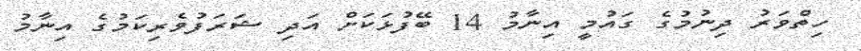
ހިތްވަރު ދިނުމުގެ ގައުމީ އިނާމު 14 ބޭފުޅަކަށް އަދި ޝަރަފުވެރިކަމުގެ އިނާމު